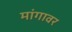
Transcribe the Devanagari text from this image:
मांगावर